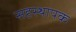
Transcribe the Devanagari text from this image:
सहस्थापक